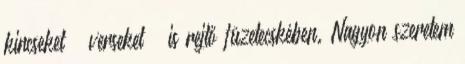
kincseket – verseket – is rejtő füzetecskében. Nagyon szeretem